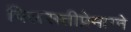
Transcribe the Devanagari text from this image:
विलसतीप्रेमाग्ने